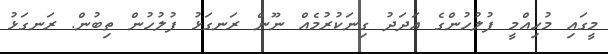
މީގައި މުހިއްމީ ފުލުހުންގެ އަދަދު ގިނަކުރުމެއް ނޫން ރަނގަޅު ފުލުހުން ތިބުން. ރަނގަޅު